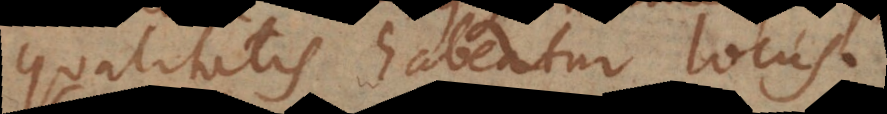
qualitatis habeatur locus.